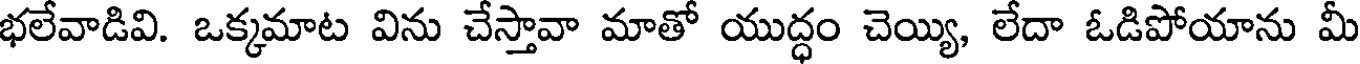
భలేవాడివి. ఒక్కమాట విను చేస్తావా మాతో యుద్ధం చెయ్యి, లేదా ఓడిపోయాను మీ